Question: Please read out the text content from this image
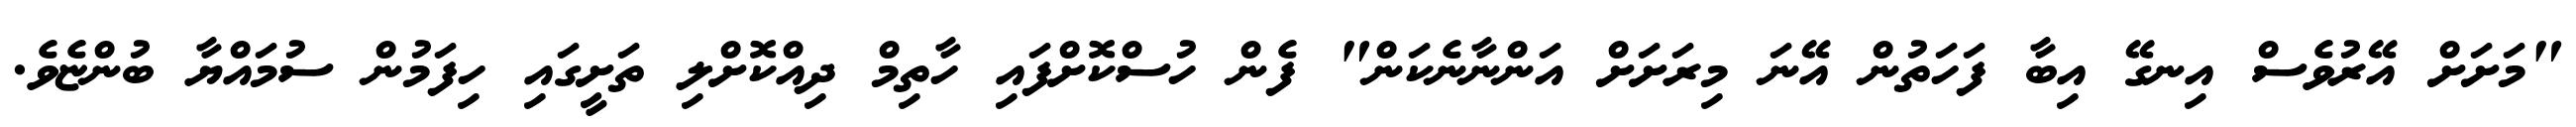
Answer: "މަށަށް އޭރުވެސް އިނގޭ އިބާ ފަހަތުން އޭނަ މިރަށަށް އަންނާނެކަން" ފެން ހުސްކޮށްފައި ހާތިމް ދިއްކޮށްލި ތަށީގައި ހިފަމުން ސުމައްޔާ ބުންޏެވެ.